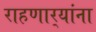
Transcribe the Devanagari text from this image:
राहणार्‍यांना